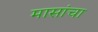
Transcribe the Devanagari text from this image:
मासांचा